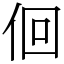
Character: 佪